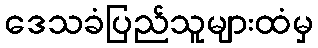
ဒေသခံပြည်သူများထံမှ